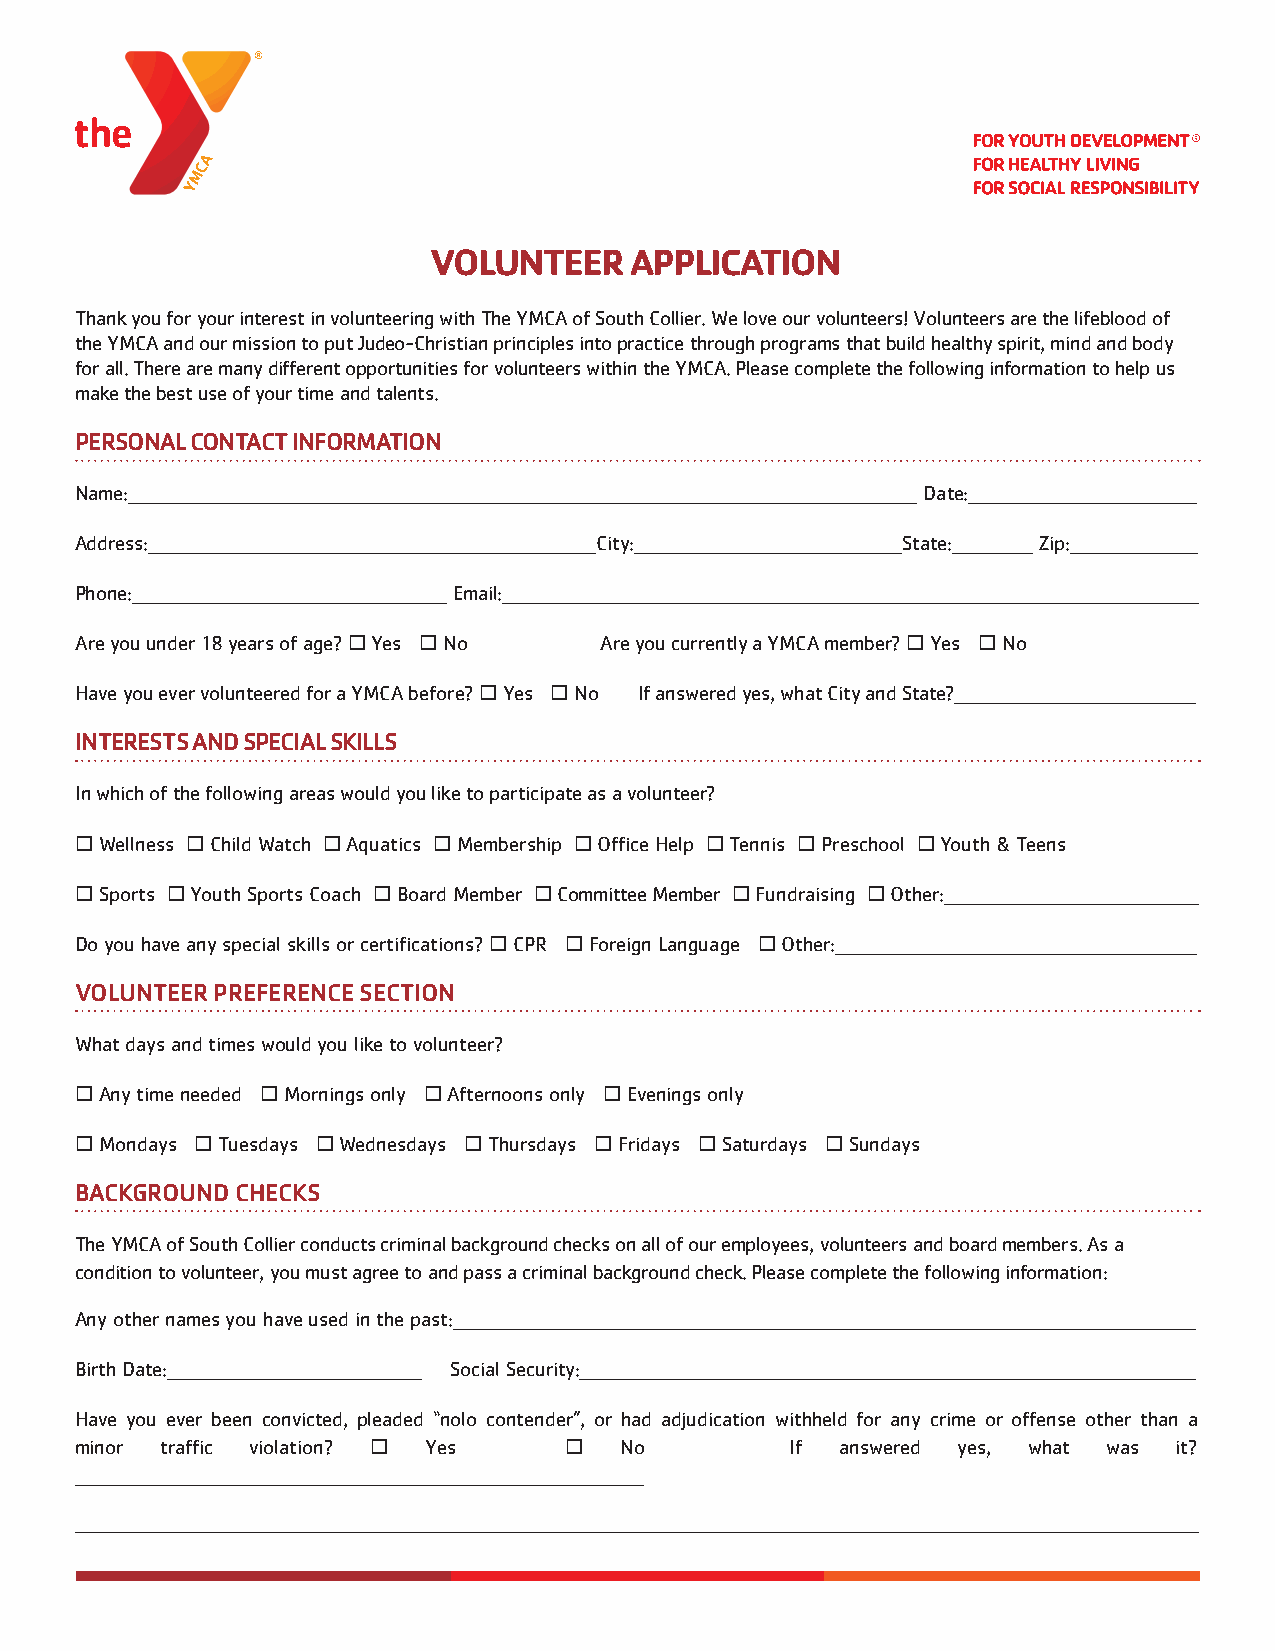
VOLUNTEER     APPLICATION
 Thank you for your interest in volunteering with The YMCA of South Collier. We love our volunteers! Volunteers are the lifeblood of
 the YMCA and our mission to put Judeo-Christian principles into practice through programs that build healthy spirit, mind and body
 for all. There are many different opportunities for volunteers within the YMCA. Please complete the following information to help us
 make the best use of your time and talents.
 PERSONAL CONTACT INFORMATION
 Name:______________________________________________________________________________________________________________________ Date:__________________________________
 Address:___________________________________________________________________City:________________________________________State:____________ Zip:___________________
 Phone:_______________________________________________ Email:________________________________________________________________________________________________________
 Are you under 18 years of age? ¨ Yes ¨ No Are you currently a YMCA member? ¨ Yes ¨ No
 Have you ever volunteered for a YMCA before? ¨ Yes ¨ No If answered yes, what City and State?____________________________________
 INTERESTS AND SPECIAL SKILLS
 In which of the following areas would you like to participate as a volunteer?
 ¨Wellness ¨ Child Watch ¨ Aquatics ¨ Membership ¨ Office Help ¨ Tennis ¨ Preschool ¨ Youth & Teens
 ¨Sports ¨ Youth Sports Coach ¨ Board Member ¨ Committee Member ¨ Fundraising ¨ Other:______________________________________
 Do you have any special skills or certifications? ¨ CPR ¨ Foreign Language ¨ Other:______________________________________________________
 VOLUNTEER PREFERENCE SECTION
 What days and times would you like to volunteer?
 ¨Any time needed ¨ Mornings only ¨ Afternoons only ¨ Evenings only
 ¨Mondays ¨ Tuesdays ¨ Wednesdays ¨ Thursdays ¨ Fridays ¨ Saturdays ¨ Sundays
 BACKGROUND CHECKS
 The YMCA of South Collier conducts criminal background checks on all of our employees, volunteers and board members. As a
 condition to volunteer, you must agree to and pass a criminal background check. Please complete the following information:
 Any other names you have used in the past:_______________________________________________________________________________________________________________
 Birth Date:______________________________________ Social Security:____________________________________________________________________________________________
 Have you ever been convicted, pleaded “nolo contender”, or had adjudication withheld for any crime or offense other than a
 minor traffic violation? ¨ Yes  ¨   No         If  answered yes, what was it?
 _____________________________________________________________________________________
 ________________________________________________________________________________________________________________________________________________________________________